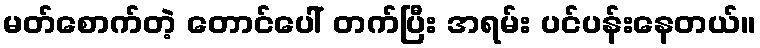
မတ်စောက်တဲ့ တောင်ပေါ် တက်ပြီး အရမ်း ပင်ပန်းနေတယ်။